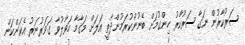
ސަރުކާރުން ނަގާ ސަރުކާރު ހިންގުމަށް ބޭނުންކުރަމުންދާތީ އަލަށް މަގާމާ ހަވާލުވާ ގަވަރުނަރު އެކަންކަން